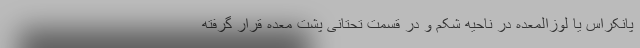
پانکراس یا لوزالمعده در ناحیه شکم و در قسمت تحتانی پشت معده قرار گرفته